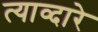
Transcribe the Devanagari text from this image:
त्याव्दारे